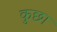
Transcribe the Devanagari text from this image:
कुछा